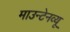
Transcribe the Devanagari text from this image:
माउन्टेनव्यू